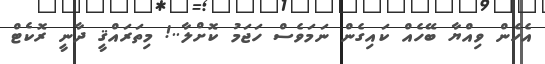
އެހެން ވިއްޔާ ބޭހެއް ކައިގެން ނަމަވެސް ހަޖަމު ކޮށްލާ..! މިތަރައްޤީ ދާނީ ރޮކެޓް